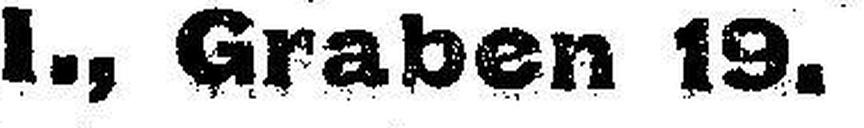
I., Graben 19.